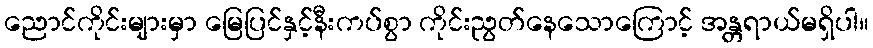
ညောင်ကိုင်းများမှာ မြေပြင်နှင့်နီးကပ်စွာ ကိုင်းညွတ်နေသောကြောင့် အန္တရာယ်မရှိပါ။